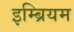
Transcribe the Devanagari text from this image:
इम्ब्रियम